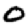
Digit: 0